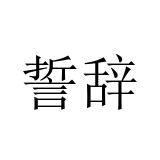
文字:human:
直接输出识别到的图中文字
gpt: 誓辞